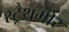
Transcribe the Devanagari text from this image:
स्ट्रैथमोर